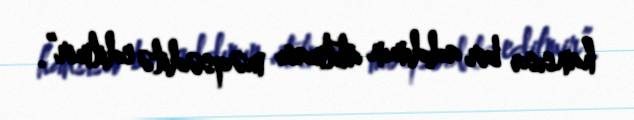
hansısa bir addımın atılması məqsədilə edilmir”.